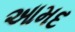
આમદ